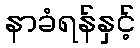
နာခံရန်နှင့်